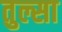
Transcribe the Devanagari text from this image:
तुल्सा